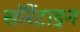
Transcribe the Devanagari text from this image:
सॉरेंटाइन